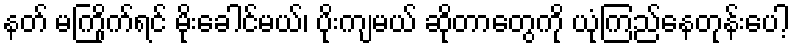
နတ် မကြိုက်ရင် မိုးခေါင်မယ်၊ ပိုးကျမယ် ဆိုတာတွေကို ယုံကြည်နေတုန်းပေါ့